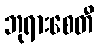
ဘုရားစေတီ